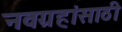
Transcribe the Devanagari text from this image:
नवग्रहांसाठी